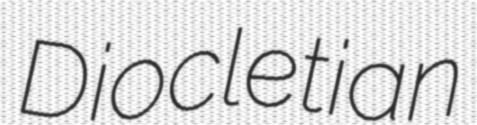
Diocletian